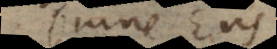
Omne Ens